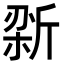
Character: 𫿼